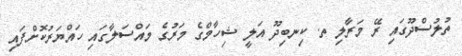
ތުލުސްދޫގައި ރޭ މަރާލި ތ. ކިނބިދޫ އަލީ ޝިހާމްގެ މަރުގެ މައްސަލާގައި ހައްޔަރުކޮށްފައި